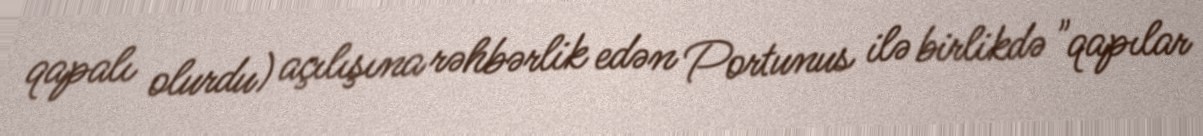
qapalı olurdu) açılışına rəhbərlik edən Portunus ilə birlikdə "qapılar